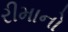
રીમાનો